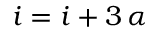
i = i + 3 \, \alpha